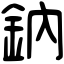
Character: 鈉